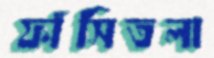
ফাঁসিতলা